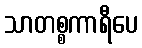
သာတစ္စကာရီပေ